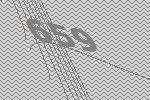
659